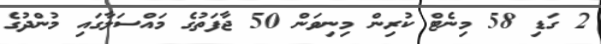
2 ގަޑި 58 މިނެޓް ކުރިން މިނިވަން 50 ޖާފަތުގެ މައްސަލާގައި މުންދުގެ